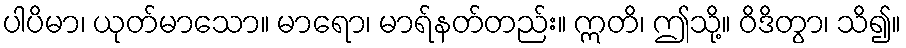
ပါပိမာ၊ ယုတ်မာသော။ မာရော၊ မာရ်နတ်တည်း။ ဣတိ၊ ဤသို့။ ဝိဒိတွာ၊ သိ၍။